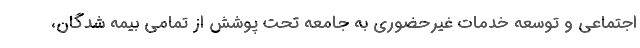
اجتماعی و توسعه خدمات غیرحضوری به جامعه تحت پوشش از تمامی بیمه شدگان،